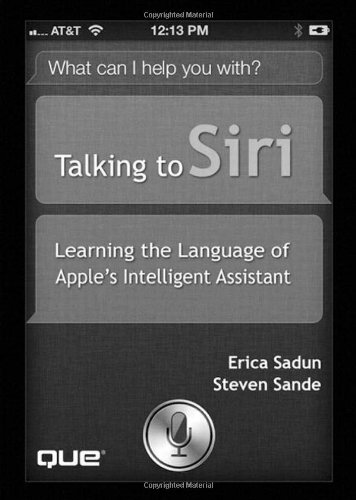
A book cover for Talking to Siri: Learning the Language of Apple's Intelligent Assistant; Erica Sadun; Computers & Technology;